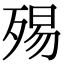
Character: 𣨟